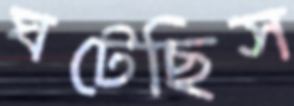
ঘটেছিস